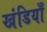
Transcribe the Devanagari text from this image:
खंडियाँ